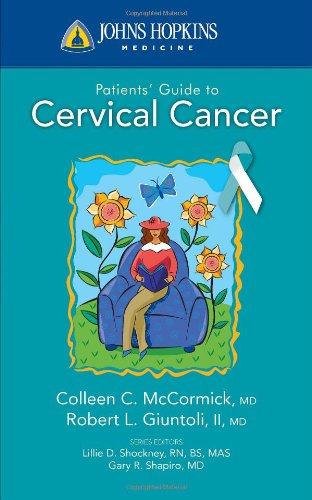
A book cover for Johns Hopkins Patients' Guide To Cervical Cancer; Colleen C. McCormick; Health, Fitness & Dieting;